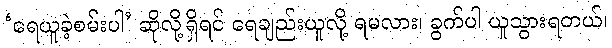
‘ရေယူခဲ့စမ်းပါ’ ဆိုလို့ရှိရင် ရေချည်းယူလို့ ရမလား၊ ခွက်ပါ ယူသွားရတယ်၊